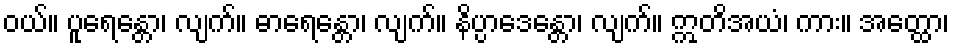
ဝယ်။ ပူရေန္တော၊ လျက်။ ဓာရေန္တော၊ လျက်။ နိပ္ပာဒေန္တော၊ လျက်။ ဣတိအယံ၊ ကား။ အတ္ထော၊